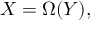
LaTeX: X = \Omega ( Y ) ,